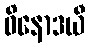
ဝိနောဒယီ